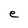
Character: e